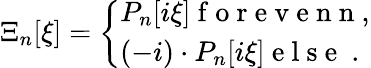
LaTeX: \Xi_{n}[\xi]=\left\{ \begin{array}{ll}{P_{n}[i\xi]\mathrm{~f~o~r~e~v~e~n~n~},}\\ {(-i)\cdot P_{n}[i\xi]\mathrm{~e~l~s~e~}\ .\ }\end{array}\right.